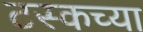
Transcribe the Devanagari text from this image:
टस्कच्या